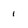
Character: i